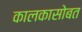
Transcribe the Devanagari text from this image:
कालकासोबत